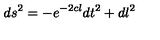
d s ^ { 2 } = - e ^ { - 2 c l } d t ^ { 2 } + d l ^ { 2 }